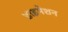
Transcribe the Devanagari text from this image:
डाइमेशन